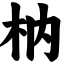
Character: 枘